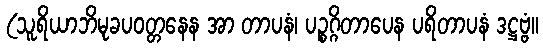
(သူရိယာဘိမုခပဝတ္တနေန အာ တာပနံ၊ ပဉ္စဂ္ဂိတာပေန ပရိတာပနံ ဒဋ္ဌဗ္ဗံ။